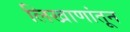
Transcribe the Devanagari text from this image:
लिखाणांतून